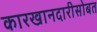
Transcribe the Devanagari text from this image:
कारखानदारीसोबत